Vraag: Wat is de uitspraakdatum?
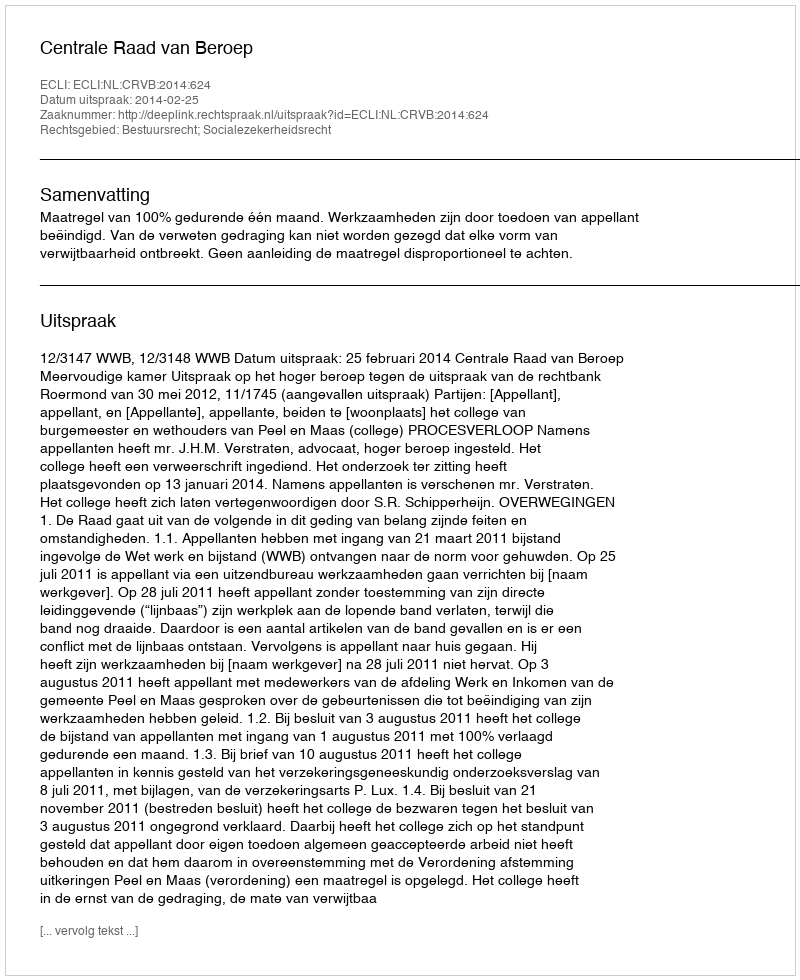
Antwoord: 2014-02-25